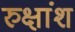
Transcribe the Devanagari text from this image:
रुक्षांश